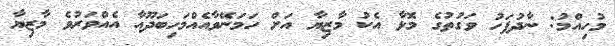
މުހިއްމު: ނާދުފަހު ވަގުތުގެ މޮޅާ އެކު މާޒިޔާ އަށް ހަމަނޭވާއެއްމަހިބަދޫއާ އެއްވަރުވެ މާޒިޔާ